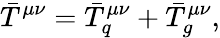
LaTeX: \bar{T}^{\mu\nu}=\bar{T}_{q}^{\mu\nu}+\bar{T}_{g}^{\mu\nu},